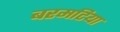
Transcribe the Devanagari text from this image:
बरमटिया